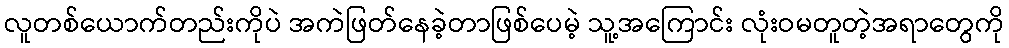
လူတစ်ယောက်တည်းကိုပဲ အကဲဖြတ်နေခဲ့တာဖြစ်ပေမဲ့ သူ့အကြောင်း လုံးဝမတူတဲ့အရာတွေကို